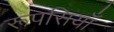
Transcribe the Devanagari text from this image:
रूपसियाँ